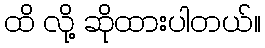
ထိ လို့ ဆိုထားပါတယ်။